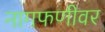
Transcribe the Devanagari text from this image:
नागफणीवर